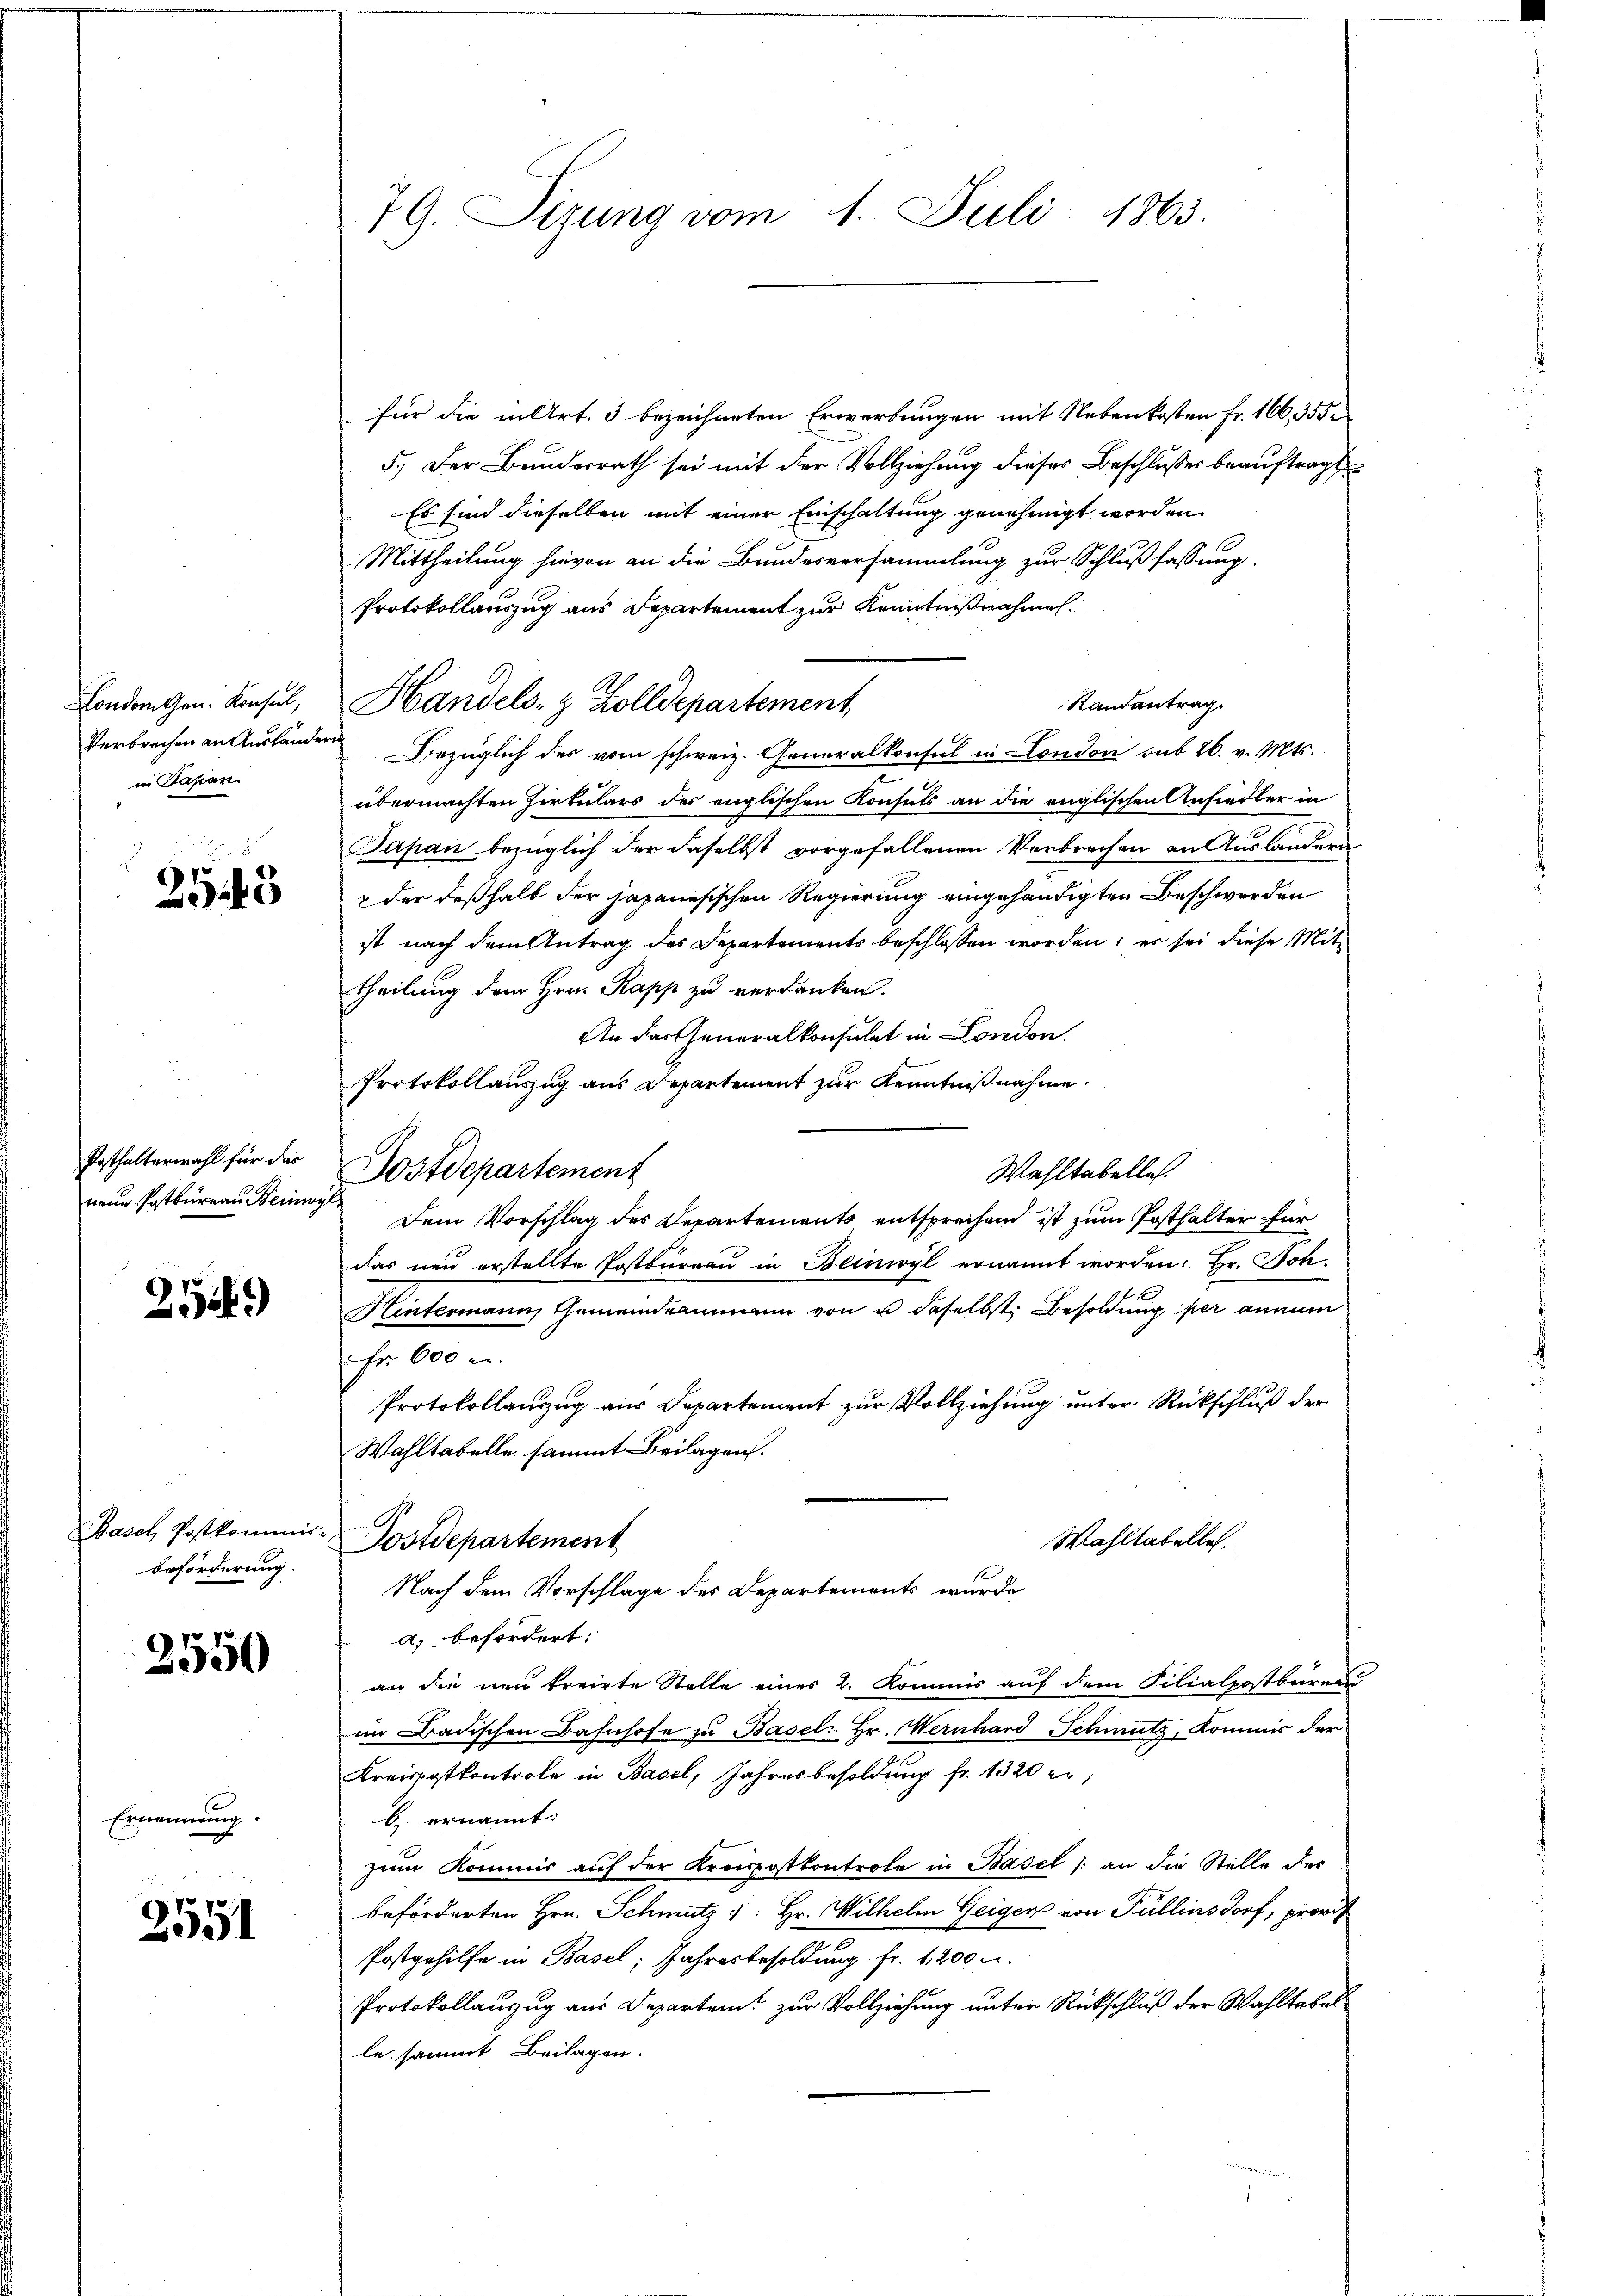
Londonnen. Konsul,
Verbrechen an Auslande
in Japan

2543

Posthalterwahl für der
neue Postbureau einz

2544)

Basel, Postkommis
beförderung

2550

Ernennung.

2551

79. Sizung vom 1. Juli 1863.

für die in Art. 3 bezeichneten Erwerbungen mit Nebenkosten Fr. 166, 355
5.) Der Bundesrath sei mit der Vollziehung dieses Beschlußes beauftragt
Es sind dieselben mit einer Einschaltung genehmigt worden.
Mittheilung hievon an die Bundesversammlung zur Schlußfassung.
Protokollauszug aus Departement zur Kenntnißnahmen.
Handels- & Zolldepartement,
¬
Bezüglich des vom schweiz. Generalkonsul in London sub 26. v. Mts.
übermachten Zirkulars des englischen Konsuls an die englischen Ansiedler in
Japan bezüglich der daselbst vorgefallenen Verbrechen an Auslandern
 der deßhalb der japanesischen Regierung eingehändigten Beschwerden
ist nach dem Antrag des Departements beschlossen worden; es sei diese Mittheilung dem Hrn. Papp zu verdanken.
An das Generalkonsulat in London.
Protokollauszug aus Departement zur Kenntnißnahme.
Dostdepartement
Wahltabelles.
Dem Vorschlag des Departements entsprechend ist zum Posthalter für
das neu erstellte Postbureau in Beinwyl ernannt worden: Hr. Joh.
Hintermann, Gemeindeammann von u. daselbst Besoldung per annum
Fr. 600 u.
Protokollanzug aus Departement zur Vollziehung unter Rückschluß der
Wahltabelle sammt Beilagen.
Wahltabelles.
Postdepartement
Nach dem Vorschlage des Departements wurde
a) befordert:
an die neu treirte Stelle eines 2. Kommis auf dem Filialpostbarens
im Badischen Bahnhofe zu Basel. Hr. Mernhard Schmutz, Kommis der
Kreispostkontrole in Basel, Jahresbesoldung fr. 1320 er
b. ernannt:
zum Kommis auf der Kreispostkontrole in Basel /: an die Stelle des
beförderten Hrn. Schmutz /: Hr. Wilhelm Geiger von Füllensdorf, provis
Postgehilfe in Basel; Jahresbesoldung fr. 1200 u.
Protokollauszug aus Departen zur Vollziehung unter Rückschluß der Wahltabel
le sammt Beilagen.
e

Randantrag.